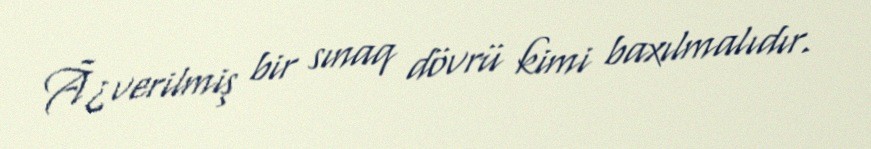
Ã¿verilmiş bir sınaq dövrü kimi baxılmalıdır.